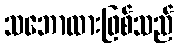
သဘောထားဖြစ်သည်